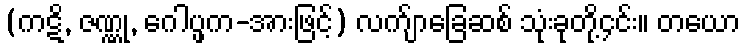
(ကဋိ, ဇဏ္ဏု, ဂေါပ္ဖက-အားဖြင့်) လက်ျာခြေဆစ် သုံးခုတို့၄င်း။ တယော